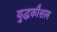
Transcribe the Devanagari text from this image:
यु्द्धकौशल